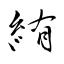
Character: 絠